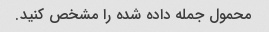
محمول جمله داده شده را مشخص کنید.